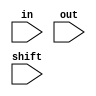
module shift_left(in, out, shift);
  input [24:0] in;
  input [4:0] shift;
  input [24:0] out;
  
  wire [24:0] tmp1, tmp2, tmp3, tmp4;
  
  shift_left16 shift_1(.in(in), .sel(shift[4]), .out(tmp1));
  shift_left8 shift_2(.in(tmp1), .sel(shift[3]), .out(tmp2));
  shift_left4 shift_3(.in(tmp2), .sel(shift[2]), .out(tmp3));
  shift_left2 shift_4(.in(tmp3), .sel(shift[1]), .out(tmp4));
  shift_left1 shift_5(.in(tmp4), .sel(shift[0]), .out(out));
  
endmodule  
  
  
//shift 16bit
module shift_left16(in, out, sel);

input	[24:0]	in;
input		sel;
output	[24:0]	out;

assign out = sel?{in[8:0],16'b0}:in;
endmodule

//shift 8bit
module shift_left8(in, out, sel);

input	[24:0]	in;
input		sel;
output	[24:0]	out;

assign out = sel?{in[16:0],8'b0}:in;
endmodule

//shift 4bit
module shift_left4(in, out, sel);

input	[24:0]	in;
input		sel;
output	[24:0]	out;

assign out = sel?{in[20:0],4'b0}:in;
endmodule

//shift 2bit
module shift_left2(in, out, sel);

input	[24:0]	in;
input		sel;
output	[24:0]	out;

assign out = sel?{in[22:0],2'b0}:in;
endmodule

//shift 1bit
module shift_left1(in, out, sel);

input	[24:0]	in;
input		sel;
output	[24:0]	out;

assign out = sel?{in[23:0],1'b0}:in;
endmodule